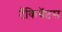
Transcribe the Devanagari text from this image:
टॅकिबॅप्टस